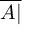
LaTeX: \overline { { A | } }